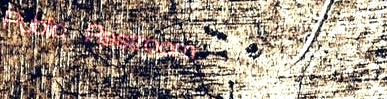
Public Restroom